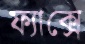
ফ্যাক্সে